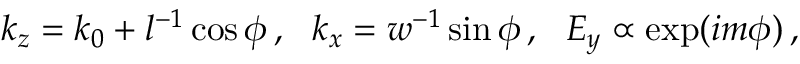
k _ { z } = k _ { 0 } + l ^ { - 1 } \cos \phi \, , ~ ~ k _ { x } = w ^ { - 1 } \sin \phi \, , ~ ~ E _ { y } \propto \exp ( i m \phi ) \, ,